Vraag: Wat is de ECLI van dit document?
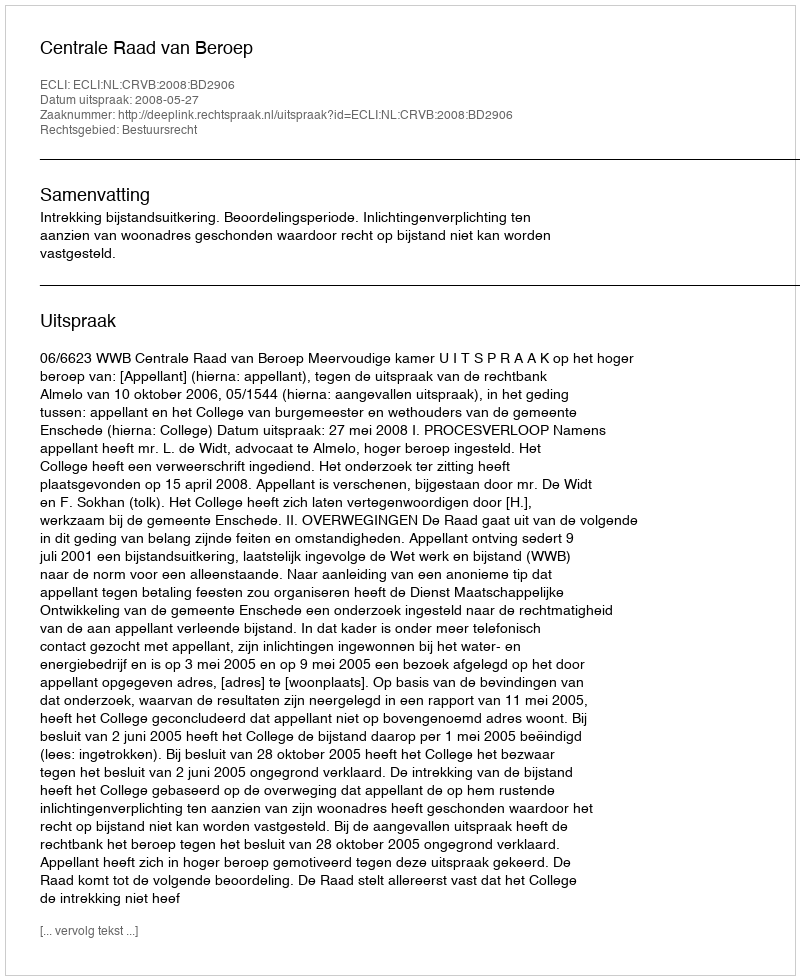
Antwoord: ECLI:NL:CRVB:2008:BD2906